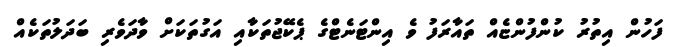
ފަހުން އިތުރު ކުންފުންޏެއް ތައާރަފު ވެ އިންޓަނެޓްގެ ޕެކޭޖުތަކާއި އަގުތަކަށް ވާދަވެރި ބަދަލުތަކެއް